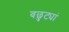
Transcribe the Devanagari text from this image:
वछुट्यां